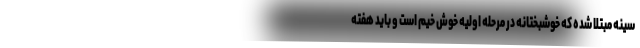
سینه مبتلا شده که خوشبختانه در مرحله اولیه خوش خیم است و باید هفته